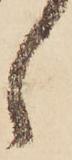
ゝ